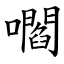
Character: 嚪